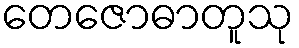
တေဇောဓာတူသု